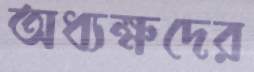
অধ্যক্ষদের